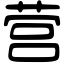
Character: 营